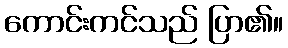
ကောင်းကင်သည် ပြာ၏။